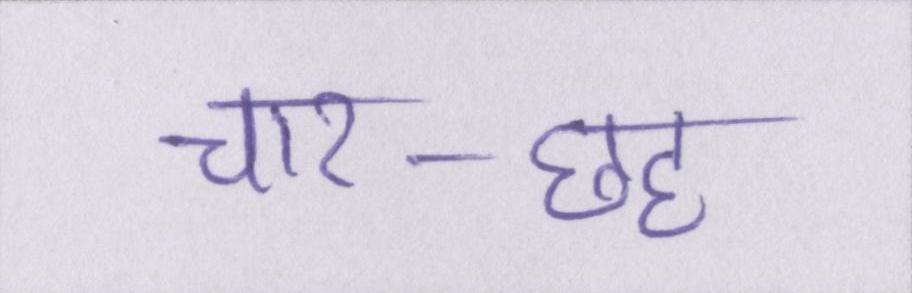
चार-छह